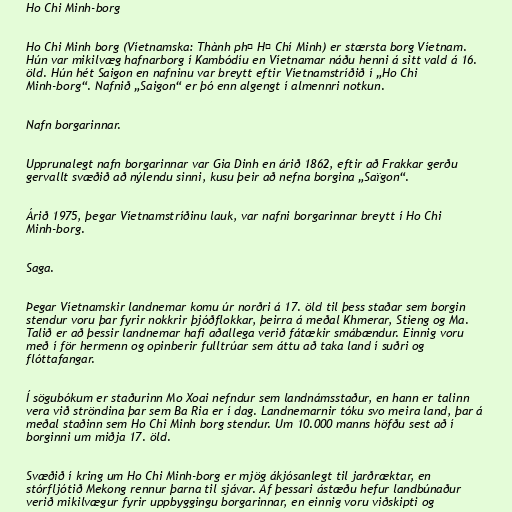
Ho Chi Minh-borg

Ho Chi Minh borg (Víetnamska: Thành phố Hồ Chí Minh) er stærsta borg Víetnam.
Hún var mikilvæg hafnarborg í Kambódíu en Víetnamar náðu henni á sitt vald á 16.
öld. Hún hét Saigon en nafninu var breytt eftir Víetnamstríðið í „Ho Chi
Minh-borg“. Nafnið „Saigon“ er þó enn algengt í almennri notkun.

Nafn borgarinnar.

Upprunalegt nafn borgarinnar var Gia Dinh en árið 1862, eftir að Frakkar gerðu
gervallt svæðið að nýlendu sinni, kusu þeir að nefna borgina „Saïgon“.

Árið 1975, þegar Víetnamstríðinu lauk, var nafni borgarinnar breytt í Ho Chi
Minh-borg.

Saga.

Þegar Víetnamskir landnemar komu úr norðri á 17. öld til þess staðar sem borgin
stendur voru þar fyrir nokkrir þjóðflokkar, þeirra á meðal Khmerar, Stieng og Ma.
Talið er að þessir landnemar hafi aðallega verið fátækir smábændur. Einnig voru
með í för hermenn og opinberir fulltrúar sem áttu að taka land í suðri og
flóttafangar.

Í sögubókum er staðurinn Mo Xoai nefndur sem landnámsstaður, en hann er talinn
vera við ströndina þar sem Ba Ria er í dag. Landnemarnir tóku svo meira land, þar á
meðal staðinn sem Ho Chi Minh borg stendur. Um 10.000 manns höfðu sest að í
borginni um miðja 17. öld.

Svæðið í kring um Ho Chi Minh-borg er mjög ákjósanlegt til jarðræktar, en
stórfljótið Mekong rennur þarna til sjávar. Af þessari ástæðu hefur landbúnaður
verið mikilvægur fyrir uppbyggingu borgarinnar, en einnig voru viðskipti og